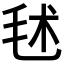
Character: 𣭍